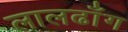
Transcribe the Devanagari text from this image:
लालढाँग